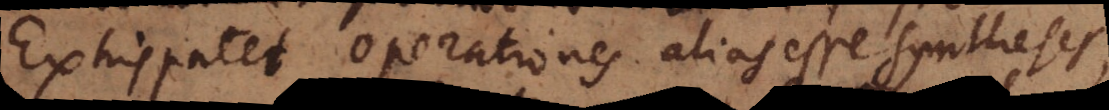
Exhippates operationes alias esse syntheses,